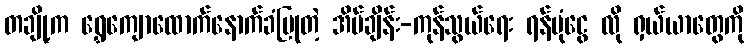
တချို့က ရွှေကျောထောက်နောက်ခံပြုတဲ့ အိပ်ချိန်း-ကုန်သွယ်ရေး ရန်ပုံငွေ လို ရှယ်ယာတွေကို